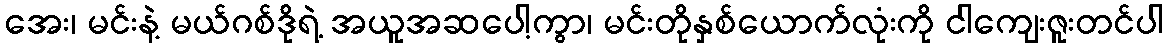
အေး၊ မင်းနဲ့ မယ်ဂစ်ဒိုရဲ့ အယူအဆပေါ့ကွာ၊ မင်းတိုနှစ်ယောက်လုံးကို ငါကျေးဇူးတင်ပါ